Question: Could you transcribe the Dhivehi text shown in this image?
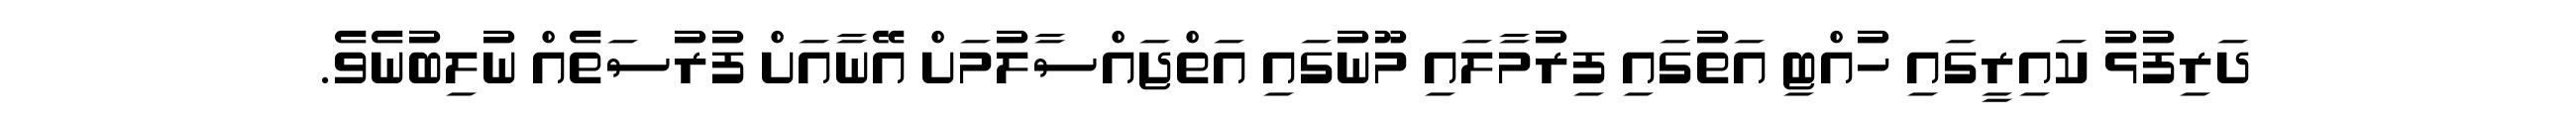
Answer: ދަރިފުޅު ކައިރީގައި ހުއްޓި އަތުގައި ފިރުމާލައި މޫނުގައި އަތްޖައްސާލުމަށް އޭނާއަށް ފުރުސަތެއް ނުލިބުނެވެ.